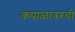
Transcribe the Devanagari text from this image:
कपाळावरची